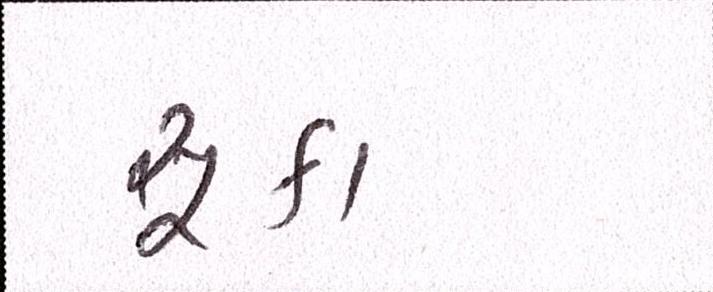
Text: સૂકા